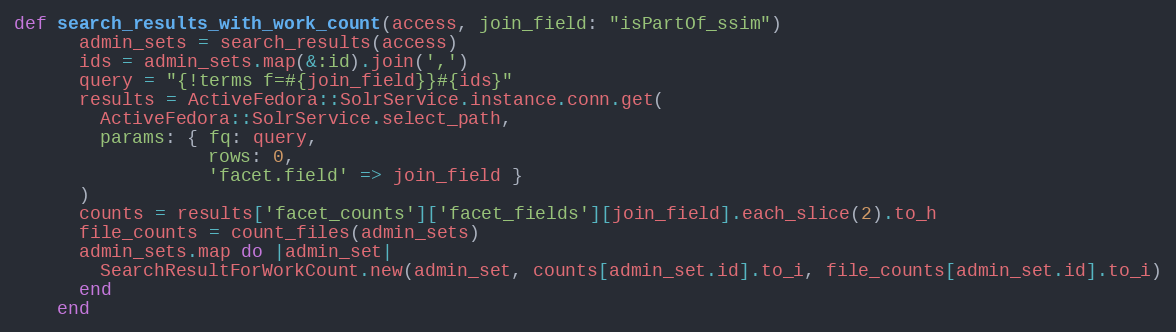
Language: Ruby
def search_results_with_work_count(access, join_field: "isPartOf_ssim")
      admin_sets = search_results(access)
      ids = admin_sets.map(&:id).join(',')
      query = "{!terms f=#{join_field}}#{ids}"
      results = ActiveFedora::SolrService.instance.conn.get(
        ActiveFedora::SolrService.select_path,
        params: { fq: query,
                  rows: 0,
                  'facet.field' => join_field }
      )
      counts = results['facet_counts']['facet_fields'][join_field].each_slice(2).to_h
      file_counts = count_files(admin_sets)
      admin_sets.map do |admin_set|
        SearchResultForWorkCount.new(admin_set, counts[admin_set.id].to_i, file_counts[admin_set.id].to_i)
      end
    end